Lunatic asylums Central Provinces reports 1895-1909 - 1895-1909
Year: 1895
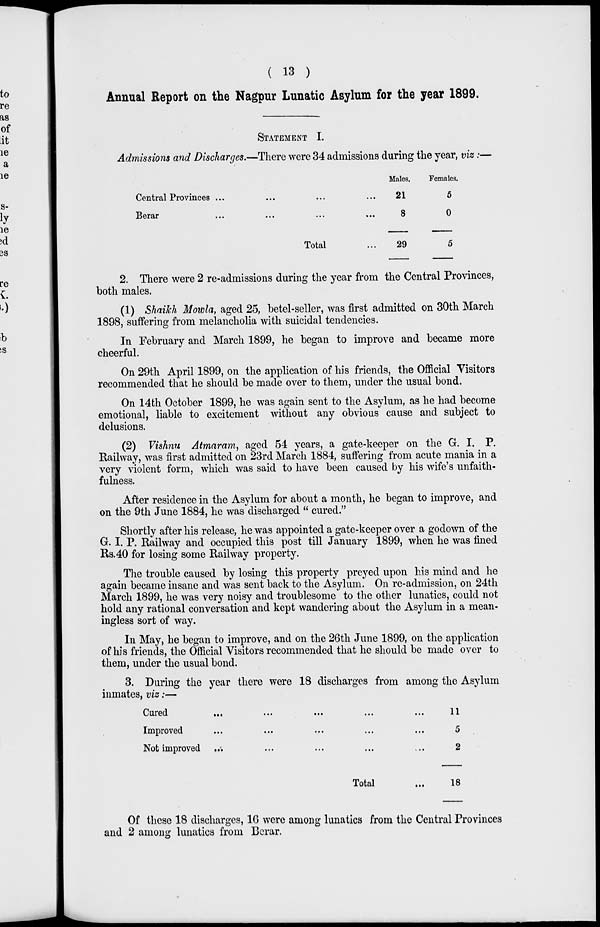
( 13 )
Annual Report on the Nagpur Lunatic Asylum for the year 1899.
STATEMENT I.
Admissions and Discharges.—There were 34 admissions during the year, viz:—
Central Provinces ... ... ... ...
Berar ... ... ... ... ...
Total ...
Males.
21
8
29
Females.
5
0
5
2. There were 2 re-admissions during the year from the Central Provinces,
both males.
(1) Shaikh Mowla, aged 25, betel-seller, was first admitted on 30th March
1898, suffering from melancholia with suicidal tendencies.
In February and March 1899, he began to improve and became more
cheerful.
On 29th April 1899, on the application of his friends, the Official Visitors
recommended that he should be made over to them, under the usual bond.
On 14th October 1899, he was again sent to the Asylum, as he had become
emotional, liable to excitement without any obvious cause and subject to
delusions.
(2) Vishnu Atmaram, aged 54 years, a gate-keeper on the G. I. P.
Railway, was first admitted on 23rd March 1884, suffering from acute mania in a
very violent form, which was said to have been caused by his wife's unfaith-
fulness.
After residence in the Asylum for about a month, he began to improve, and
on the 9th June 1884, he was discharged " cured."
Shortly after his release, he was appointed a gate-keeper over a godown of the
G. I. P. Railway and occupied this post till January 1899, when he was fined
Rs.40 for losing some Railway property.
The trouble caused by losing this property preyed upon his mind and he
again became insane and was sent back to the Asylum. On re-admission, on 24th
March 1899, he was very noisy and troublesome to the other lunatics, could not
hold any rational conversation and kept wandering about the Asylum in a mean-
ingless sort of way.
In May, he began to improve, and on the 26th June 1899, on the application
of his friends, the Official Visitors recommended that he should be made over to
them, under the usual bond.
3. During the year there were 18 discharges from among the Asylum
inmates, viz:—
Cured
...
...
...
...
...
...
Improved ... ... ... ... ... ...
Not improved ... ... ... ... ... ...
Total ...
11
5
2
18
Of these 18 discharges, 16 were among lunatics from the Central Provinces
and 2 among lunatics from Berar.